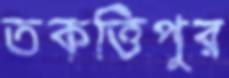
তকত্তিপুর